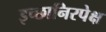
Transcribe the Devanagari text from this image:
इच्छानिरपेक्ष